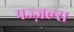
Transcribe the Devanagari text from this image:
पज्ज़ल्स